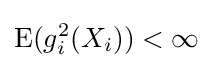
\operatorname {E} (g_{i}^{2}(X_{i}))<\infty